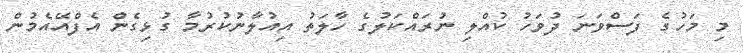
މި މަހުގެ ފަސްވަނަ ދުވަހު ކުއްލި ނުރައްކަލުގެ ހާލަތު އިއުލާނުކުރުމާ ގުޅިގެން އެފްއޭއެމުން